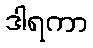
ဒါရကာ